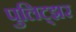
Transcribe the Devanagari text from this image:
पुलिट्झर